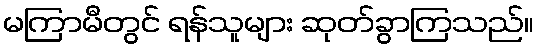
မကြာမီတွင် ရန်သူများ ဆုတ်ခွာကြသည်။